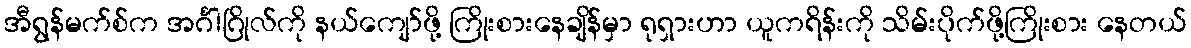
အီရွန်မက်စ်က အင်္ဂါဂြိုလ်ကို နယ်ကျော်ဖို့ ကြိုးစားနေချိန်မှာ ရုရှားဟာ ယူကရိန်းကို သိမ်းပိုက်ဖို့ကြိုးစား နေတယ်